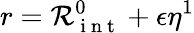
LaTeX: r=\mathcal{R}_{\mathrm{~i~n~t~}}^{0}+\epsilon\eta^{1}